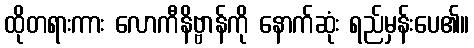
ထိုတရားကား လောကီနိဗ္ဗာန်ကို နောက်ဆုံး ရည်မှန်းပေ၏။